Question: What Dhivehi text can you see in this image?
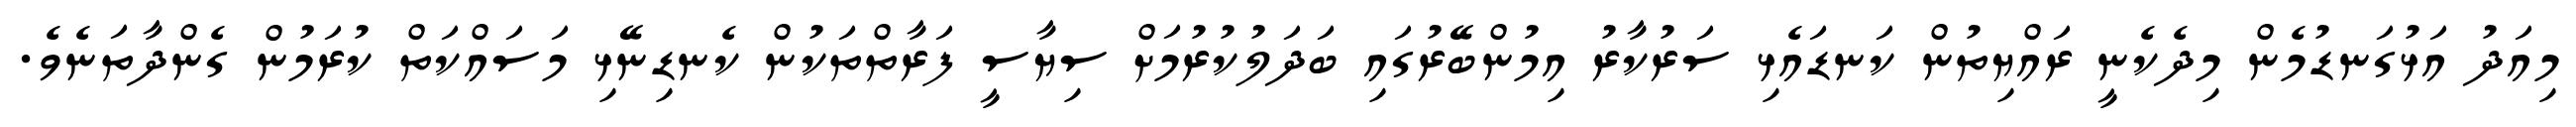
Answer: މިއަދު އަޅުގަނޑުމެން މިދެކެނީ ރައްޔިތުން ކަނޑައެޅި ސަރުކާރު އިމުންބޭރުގައި ބަދަލުކުރުމަށް ސިޔާސީ ފަރާތްތަކުން ކެނޑިނޭޅި މަސައްކަތް ކުރަމުން ގެންދާތަނެވެ.